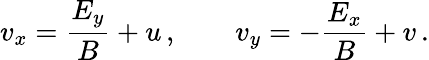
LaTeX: v_{x}=\frac{E_{y}}{B}+u\, ,\qquad v_{y}=-\frac{E_{x}}{B}+v\, .